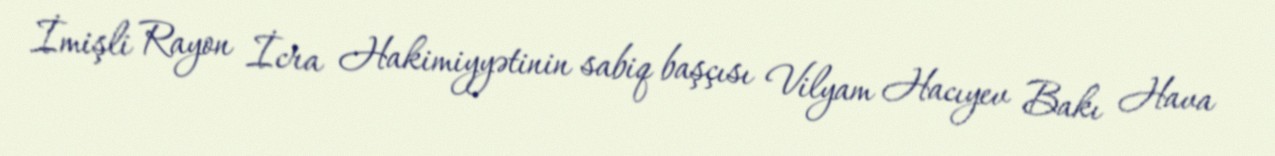
İmişli Rayon İcra Hakimiyyətinin sabiq başçısı Vilyam Hacıyev Bakı Hava